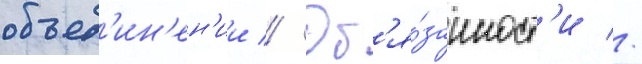
объед'ин'ен'ии // Об'я́занност'и //